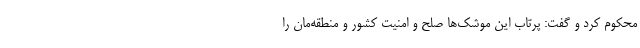
محکوم کرد و گفت: پرتاب این موشک‌ها صلح و امنیت کشور و منطقه‌مان را